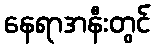
နေရာအနီးတွင်